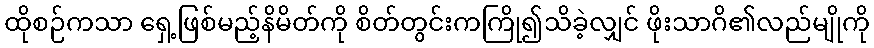
ထိုစဉ်ကသာ ရှေ့ဖြစ်မည့်နိမိတ်ကို စိတ်တွင်းကကြို၍သိခဲ့လျှင် ဖိုးသာဂိ၏လည်မျိုကို